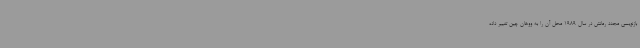
بازنویسی مجدد رمانش در سال 1989 محل آن را به ووهان چین تغییر داده